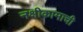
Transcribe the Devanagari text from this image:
नक्षीकामाची